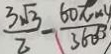
\frac { 3 \sqrt { 3 } } { 2 } - \frac { 6 0 \pi \times 4 } { 3 6 0 }